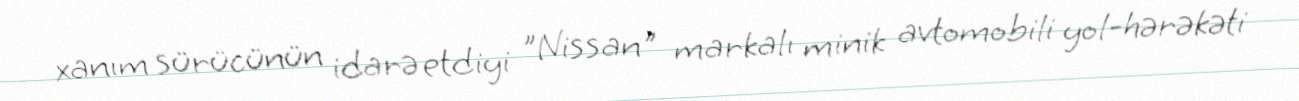
xanım sürücünün idarə etdiyi "Nissan" markalı minik avtomobili yol-hərəkəti